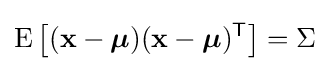
\operatorname {E} \left[(\mathbf {x} -{\boldsymbol {\mu }})(\mathbf {x} -{\boldsymbol {\mu }})^{\mathsf {T}}\right]=\Sigma